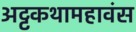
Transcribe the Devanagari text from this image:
अट्टकथामहावंस